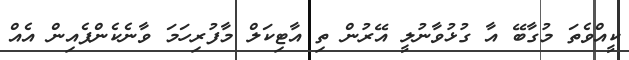
ކީއްވެތަ މުގާބޭ އާ ގުޅުވާނުލީ އޭރުން ތި އާޓިކަލް މާފުރިހަމަ ވާނެކެންޕެއިން އެއް